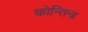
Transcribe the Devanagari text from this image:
कोन्तिना